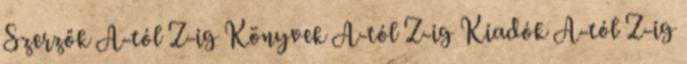
Szerzők A-tól Z-ig Könyvek A-tól Z-ig Kiadók A-tól Z-ig